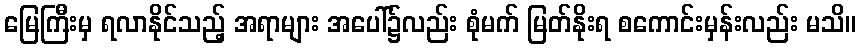
မြေကြီးမှ ရလာနိုင်သည့် အရာများ အပေါ်၌လည်း စုံမက် မြတ်နိုးရ စကောင်းမှန်းလည်း မသိ။